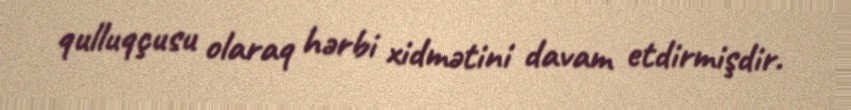
qulluqçusu olaraq hərbi xidmətini davam etdirmişdir.